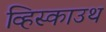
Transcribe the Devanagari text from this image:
व्हिस्काउथ